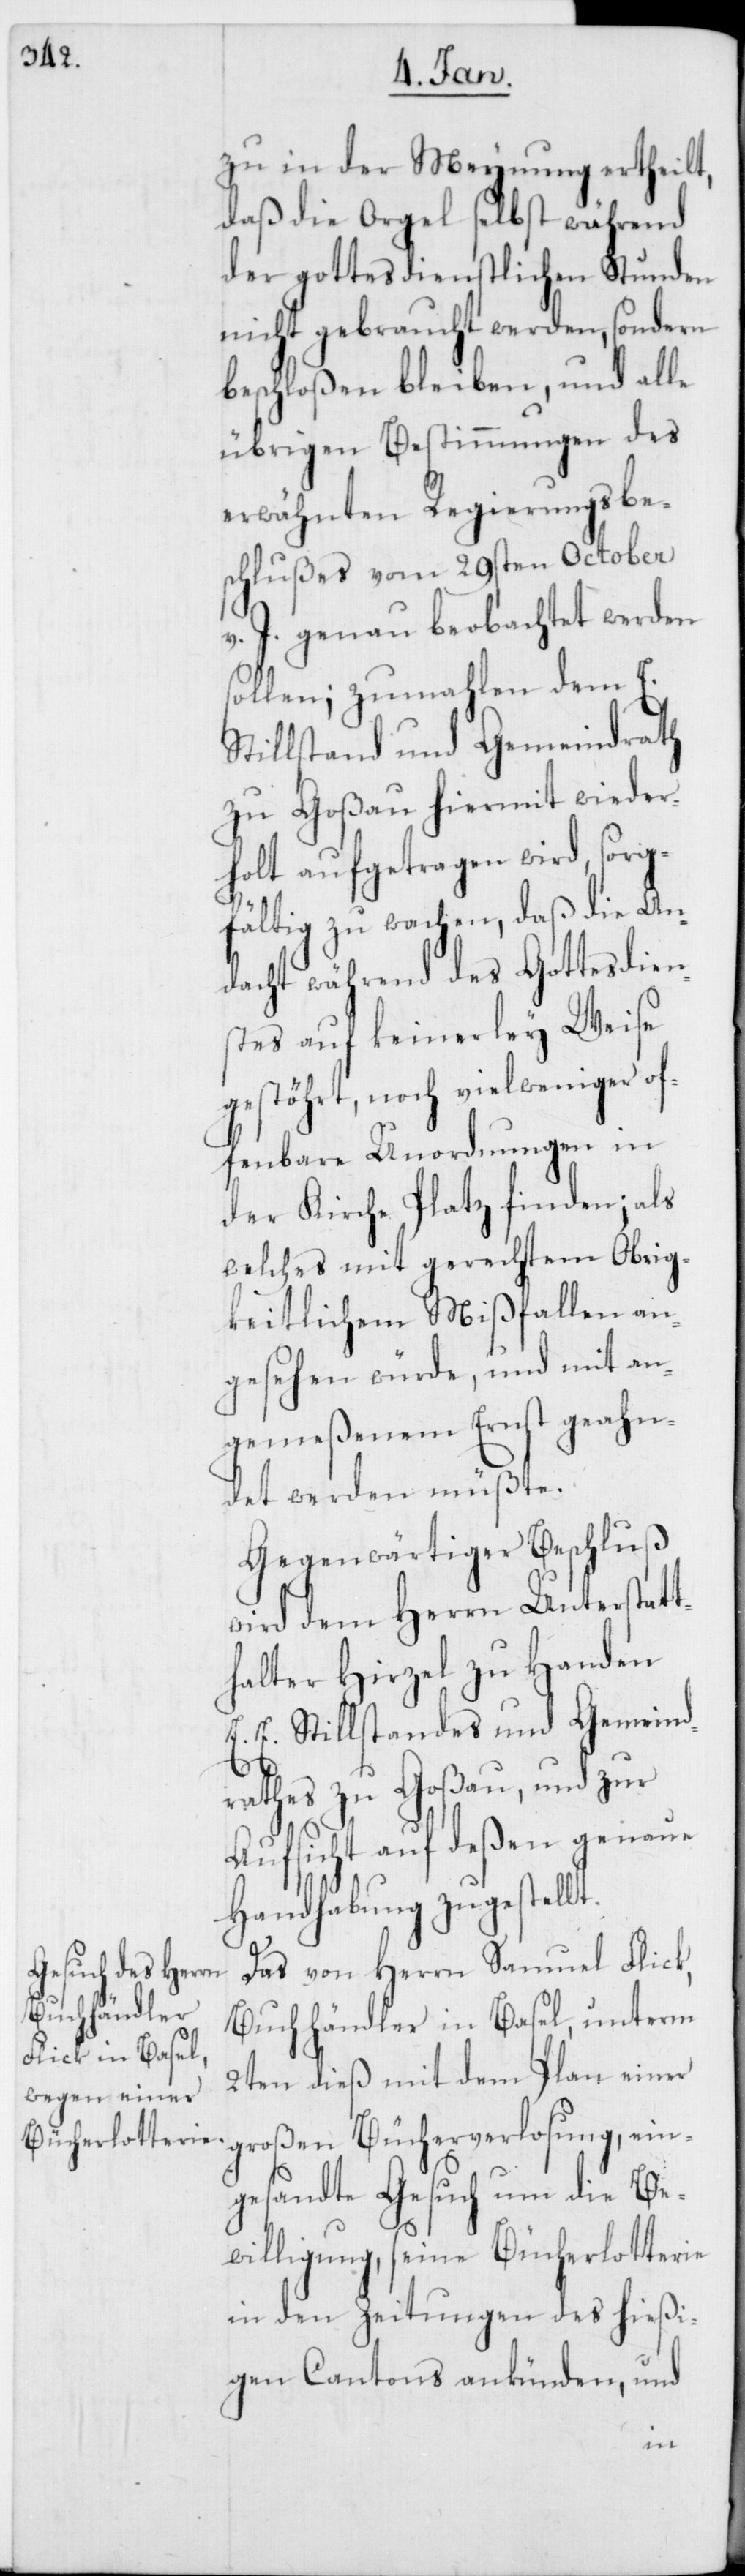
zu in der Meynung ertheilt,
daß die Orgel selbst während
der gottesdienstlichen Stunden
nicht gebraucht werden, sondern
beschloßen bleiben, und alle
übrigen Bestimmungen des
erwähnten Regierungsbe¬
schlußes vom 29sten October
v. J. genau beobachtet werden
sollen; zumahlen dem E.
Stillstand und Gemeindrath
zu Goßau hiermit wieder¬
holt aufgetragen wird, sorg¬
e An¬
fältig zu wachen, daß
dacht während des Gottesdien¬
stes auf keinerley Weise
gestöhrt, noch vielweniger of¬
fenbare Unordnungen in
der Kirche Platz finden; als
welches mit gerechtem Obrig¬
keitlichen Mißfallen an¬
gesehen würde, und mit an¬
gemeßenem Ernst geahn¬
det werden müßte.
Gegenwärtiger Beschluß
wird dem Herrn Unterstat¬
thalter Hirzel zu Handen
E. E. Stillstandes und Gemeind¬
t.
rathes zu Goßau, und zur
Aufsicht auf deßen genaue
Handhabung zugestell¬
Das von Herrn Samuel Flick,
Buchhändler in Basel, unterm
2ten dieß mit dem Plan einer
großen Bücherverlosung, ein¬
gesandte Gesuch um die Be¬
willigung, seine Bücherlotterie
in den Zeitungen des hießi¬
gen Cantons ankünden, und
di¬